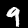
Label: 9